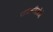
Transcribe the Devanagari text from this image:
राजमहिलोओं